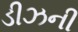
ડીઝની